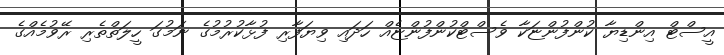
އީސްޓް އިންޑިޔާ ކުންފުންޏަކާ ވެސްޓްކުންފުންޏެއް ހަދައި ވިޔަފާރި ފުޅާކުރުމުގެ ނަމުގަ ހީލަތްތެރި ރޭވުމެއްގެ